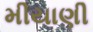
મીયાણી